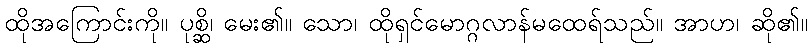
ထိုအကြောင်းကို။ ပုစ္ဆိ၊ မေး၏။ သော၊ ထိုရှင်မောဂ္ဂလာန်မထေရ်သည်။ အာဟ၊ ဆို၏။